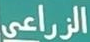
الزراعي